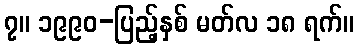
၇။ ၁၉၉၀-ပြည့်နှစ် မတ်လ ၁၈ ရက်။